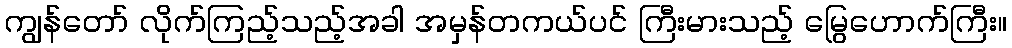
ကျွန်တော် လိုက်ကြည့်သည့်အခါ အမှန်တကယ်ပင် ကြီးမားသည့် မြွေဟောက်ကြီး။